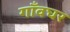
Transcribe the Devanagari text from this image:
गाँवघर